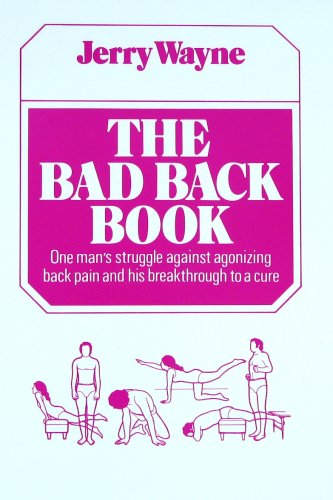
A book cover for Bad Back Book; Jerry Wayne; Health, Fitness & Dieting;